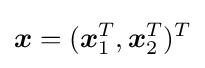
{\boldsymbol {x}}=({\boldsymbol {x}}_{1}^{T},{\boldsymbol {x}}_{2}^{T})^{T}